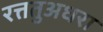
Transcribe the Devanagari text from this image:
रत्ततुअधरा